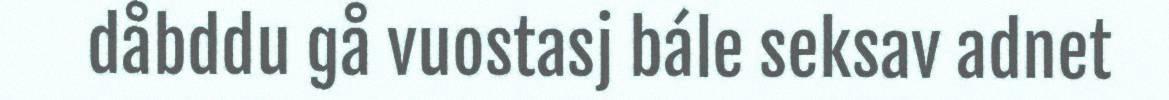
dåbddu gå vuostasj bále seksav adnet